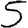
Digit: 5